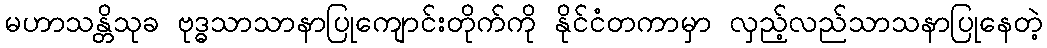
မဟာသန္တိသုခ ဗုဒ္ဓသာသာနာပြုကျောင်းတိုက်ကို နိုင်ငံတကာမှာ လှည့်လည်သာသနာပြုနေတဲ့